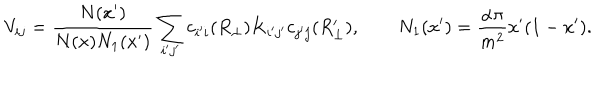
V _ { i j } = { \frac { N ( x ^ { \prime } ) } { N ( x ) N _ { 1 } ( x ^ { \prime } ) } } \sum _ { i ^ { \prime } j ^ { \prime } } c _ { i ^ { \prime } i } ( R _ { \perp } ) K _ { i ^ { \prime } j ^ { \prime } } c _ { j ^ { \prime } j } ( R _ { \perp } ^ { \prime } ) , \qquad N _ { 1 } ( x ^ { \prime } ) = { \frac { \alpha \pi } { m ^ { 2 } } } x ^ { \prime } ( 1 - x ^ { \prime } ) .